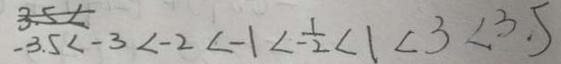
- 3 . 5 < - 3 < - 2 < - 1 < \frac { 1 } { - 2 ] } < 1 < 3 < 3 . 5